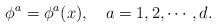
\begin{align*}\phi ^a=\phi ^a(x),\quad a=1,2,\cdots ,d.\end{align*}